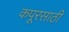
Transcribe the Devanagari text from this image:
कपूरसाठी